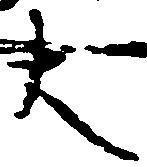
大